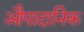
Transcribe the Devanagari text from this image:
औपादानिक